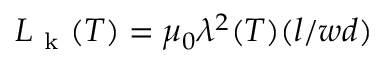
L _ { \mathrm { ~ k ~ } } ( T ) = \mu _ { 0 } \lambda ^ { 2 } ( T ) ( l / w d )